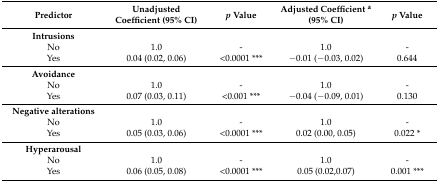
<table><thead><tr><td><b>Predictor</b></td><td><b>Unadjusted Coefficient (95% CI)</b></td><td><b><i>p</i> Value</b></td><td><b>Adjusted Coefficient <sup>a</sup> (95% CI)</b></td><td><b><i>p</i> Value</b></td></tr></thead><tbody><tr><td><b>Intrusions</b></td><td></td><td></td><td></td><td></td></tr><tr><td>No</td><td>1.0</td><td>-</td><td>1.0</td><td>-</td></tr><tr><td>Yes</td><td>0.04 (0.02, 0.06)</td><td>&lt;0.0001 ***</td><td>−0.01 (−0.03, 0.02)</td><td>0.644</td></tr><tr><td><b>Avoidance</b></td><td></td><td></td><td></td><td></td></tr><tr><td>No</td><td>1.0</td><td>-</td><td>1.0</td><td>-</td></tr><tr><td>Yes</td><td>0.07 (0.03, 0.11)</td><td>&lt;0.001 ***</td><td>−0.04 (−0.09, 0.01)</td><td>0.130</td></tr><tr><td><b>Negative alterations</b></td><td></td><td></td><td></td><td></td></tr><tr><td>No</td><td>1.0</td><td>-</td><td>1.0</td><td>-</td></tr><tr><td>Yes</td><td>0.05 (0.03, 0.06)</td><td>&lt;0.0001 ***</td><td>0.02 (0.00, 0.05)</td><td>0.022 *</td></tr><tr><td><b>Hyperarousal</b></td><td></td><td></td><td></td><td></td></tr><tr><td>No</td><td>1.0</td><td>-</td><td>1.0</td><td>-</td></tr><tr><td>Yes</td><td>0.06 (0.05, 0.08)</td><td>&lt;0.0001 ***</td><td>0.05 (0.02,0.07)</td><td>0.001 ***</td></tr></tbody></table>